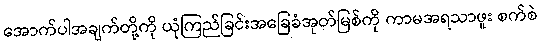
အောက်ပါအချက်တို့ကို ယုံကြည်ခြင်းအခြေခံအုတ်မြစ်ကို ကာမအရသာဖူး စက်စဲ